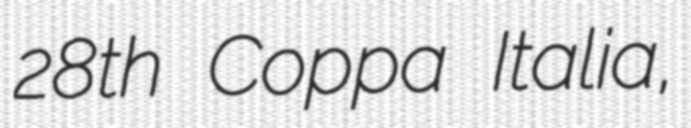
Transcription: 28th Coppa Italia,